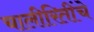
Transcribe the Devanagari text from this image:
चालीरितींचे